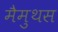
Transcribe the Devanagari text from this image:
मैमुथस